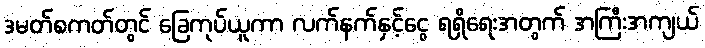
ဒမတ်စကတ်တွင် ခြေကုပ်ယူကာ လက်နက်နှင့်ငွေ ရရှိရေးအတွက် အကြီးအကျယ်